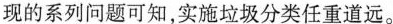
现的系列问题可知，实施垃圾分类任重道远。